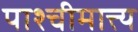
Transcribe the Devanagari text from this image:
पाश्चीमात्त्य